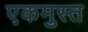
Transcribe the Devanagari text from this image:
एकमुस्त